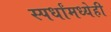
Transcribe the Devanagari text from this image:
स्पर्धांमध्येही